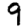
Digit: 9